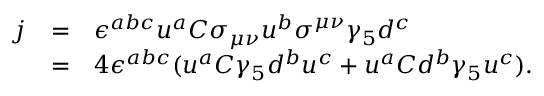
\begin{array} { l l l } { { j } } & { { = } } & { { \epsilon ^ { a b c } u ^ { a } C \sigma _ { \mu \nu } u ^ { b } \sigma ^ { \mu \nu } \gamma _ { 5 } d ^ { c } } } \\ { { } } & { { = } } & { { 4 \epsilon ^ { a b c } ( u ^ { a } C \gamma _ { 5 } d ^ { b } u ^ { c } + u ^ { a } C d ^ { b } \gamma _ { 5 } u ^ { c } ) . } } \end{array}